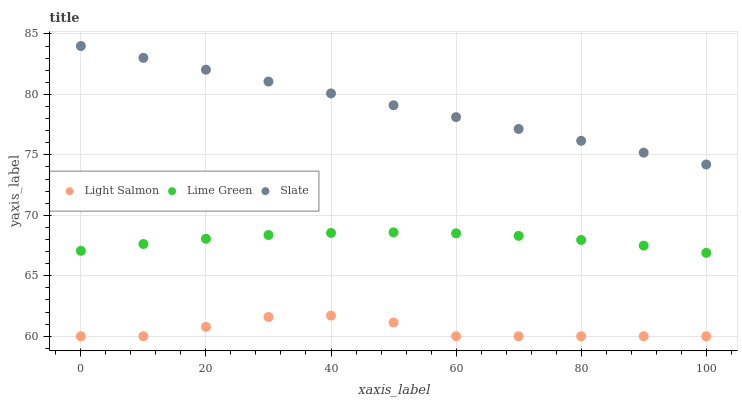
| xaxis_label | Light Salmon | Lime Green | Slate |
 | --- | --- | --- | --- |
 | 0 | 60 | 67.1 | 84 |
 | 10 | 60 | 67.6 | 83 |
 | 20 | 60.8 | 68.1 | 82 |
 | 30 | 61.6 | 68.4 | 81.1 |
 | 40 | 61.7 | 68.5 | 80.1 |
 | 50 | 61.1 | 68.6 | 79.1 |
 | 60 | 60 | 68.5 | 78.1 |
 | 70 | 60 | 68.3 | 77.1 |
 | 80 | 60 | 68 | 76.2 |
 | 90 | 60 | 67.5 | 75.2 |
 | 100 | 60 | 66.9 | 74.2 |